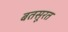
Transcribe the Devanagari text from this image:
बतसूरत